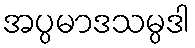
အပ္ပမာဒသမ္ပဒါ